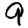
Digit: 9